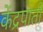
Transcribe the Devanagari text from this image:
केंद्रपाती